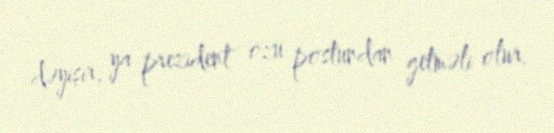
dəyişir, ya prezident özü postundan getməli olur.